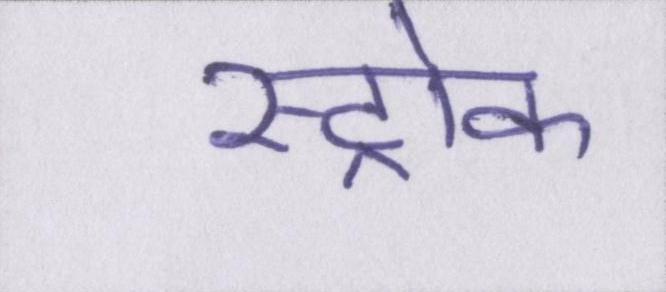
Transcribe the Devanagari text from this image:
स्ट्रोक